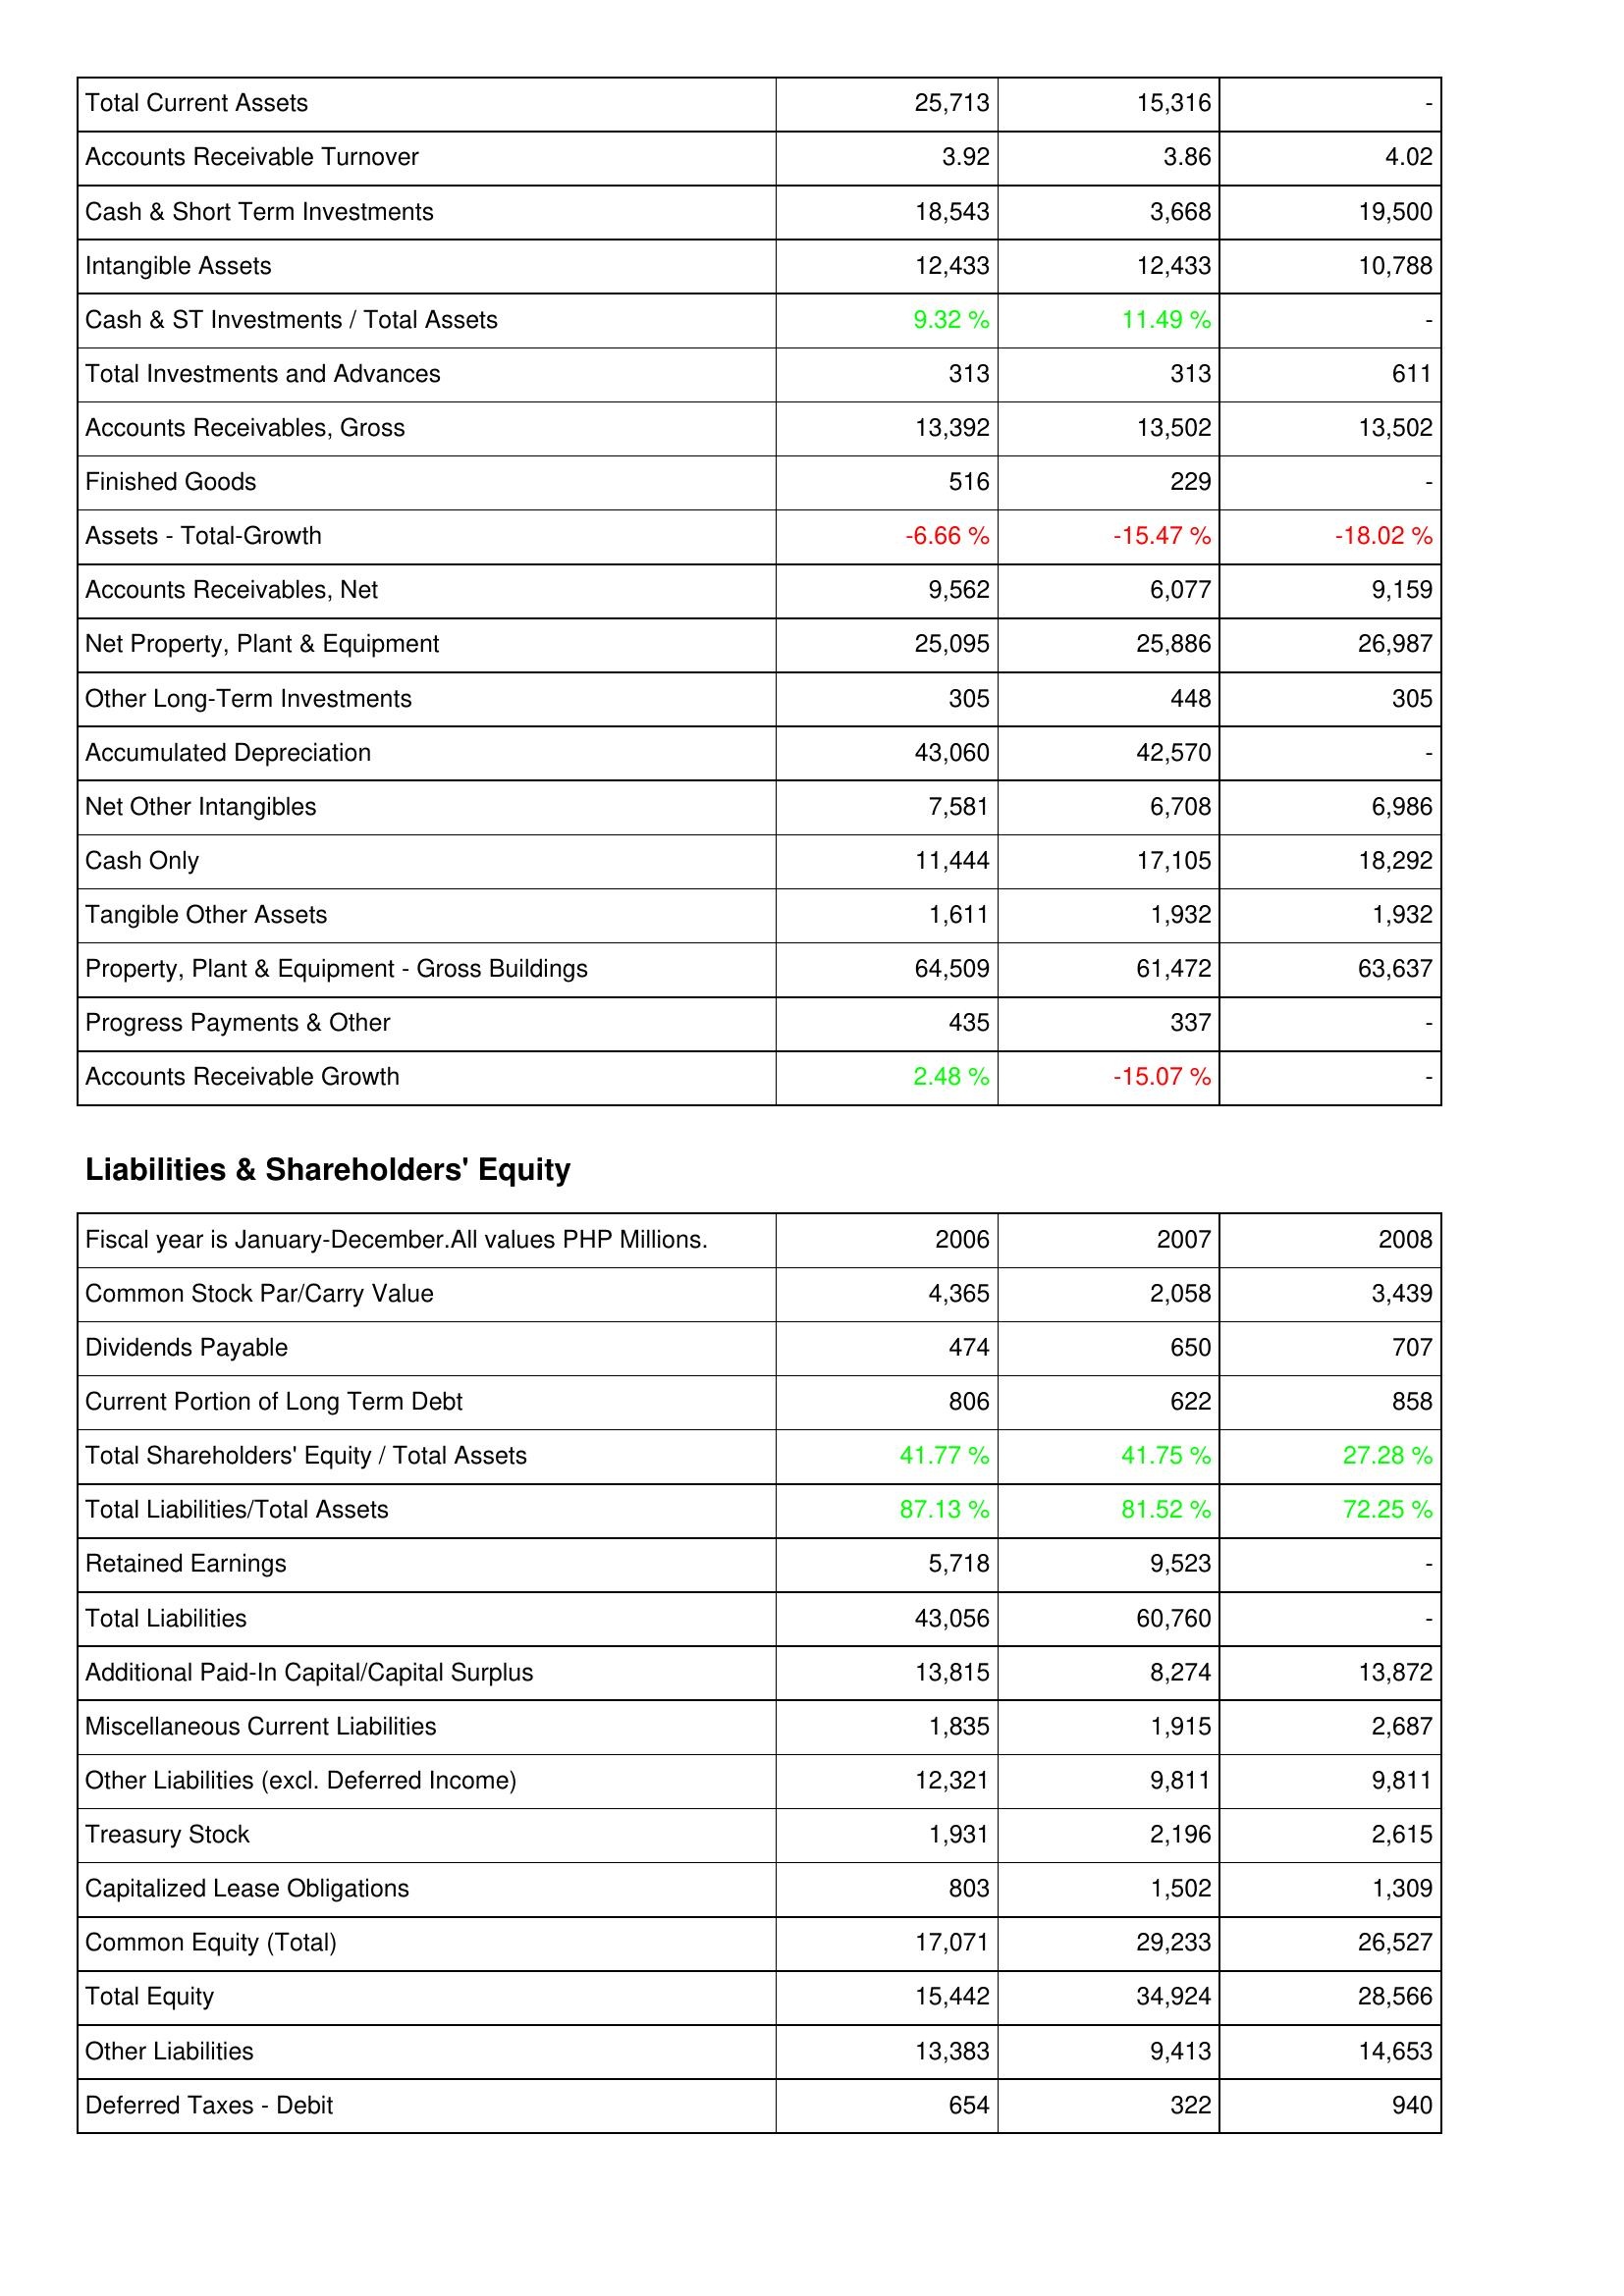
2006: Assets: Total Current Assets: 25,713
Accounts Receivable Turnover: 3.92
Cash & Short Term Investments: 18,543
Intangible Assets: 12,433
Cash & ST Investments / Total Assets: 9.32 %
Total Investments and Advances: 313
Accounts Receivables, Gross: 13,392
Finished Goods: 516
Assets - Total-Growth: -6.66 %
Accounts Receivables, Net: 9,562
Net Property, Plant & Equipment: 25,095
Other Long-Term Investments: 305
Accumulated Depreciation: 43,060
Net Other Intangibles: 7,581
Cash Only: 11,444
Tangible Other Assets: 1,611
Property, Plant & Equipment - Gross Buildings: 64,509
Progress Payments & Other: 435
Accounts Receivable Growth: 2.48 %
Liabilities & Shareholders' Equity: Common Stock Par/Carry Value: 4,365
Dividends Payable: 474
Current Portion of Long Term Debt: 806
Total Shareholders' Equity / Total Assets: 41.77 %
Total Liabilities/Total Assets: 87.13 %
Retained Earnings: 5,718
Total Liabilities: 43,056
Additional Paid-In Capital/Capital Surplus: 13,815
Miscellaneous Current Liabilities: 1,835
Other Liabilities (excl. Deferred Income): 12,321
Treasury Stock: 1,931
Capitalized Lease Obligations: 803
Common Equity (Total): 17,071
Total Equity: 15,442
Other Liabilities: 13,383
Deferred Taxes - Debit: 654
2007: Assets: Total Current Assets: 15,316
Accounts Receivable Turnover: 3.86
Cash & Short Term Investments: 3,668
Intangible Assets: 12,433
Cash & ST Investments / Total Assets: 11.49 %
Total Investments and Advances: 313
Accounts Receivables, Gross: 13,502
Finished Goods: 229
Assets - Total-Growth: -15.47 %
Accounts Receivables, Net: 6,077
Net Property, Plant & Equipment: 25,886
Other Long-Term Investments: 448
Accumulated Depreciation: 42,570
Net Other Intangibles: 6,708
Cash Only: 17,105
Tangible Other Assets: 1,932
Property, Plant & Equipment - Gross Buildings: 61,472
Progress Payments & Other: 337
Accounts Receivable Growth: -15.07 %
Liabilities & Shareholders' Equity: Common Stock Par/Carry Value: 2,058
Dividends Payable: 650
Current Portion of Long Term Debt: 622
Total Shareholders' Equity / Total Assets: 41.75 %
Total Liabilities/Total Assets: 81.52 %
Retained Earnings: 9,523
Total Liabilities: 60,760
Additional Paid-In Capital/Capital Surplus: 8,274
Miscellaneous Current Liabilities: 1,915
Other Liabilities (excl. Deferred Income): 9,811
Treasury Stock: 2,196
Capitalized Lease Obligations: 1,502
Common Equity (Total): 29,233
Total Equity: 34,924
Other Liabilities: 9,413
Deferred Taxes - Debit: 322
2008: Assets: Total Current Assets: -
Accounts Receivable Turnover: 4.02
Cash & Short Term Investments: 19,500
Intangible Assets: 10,788
Cash & ST Investments / Total Assets: -
Total Investments and Advances: 611
Accounts Receivables, Gross: 13,502
Finished Goods: -
Assets - Total-Growth: -18.02 %
Accounts Receivables, Net: 9,159
Net Property, Plant & Equipment: 26,987
Other Long-Term Investments: 305
Accumulated Depreciation: -
Net Other Intangibles: 6,986
Cash Only: 18,292
Tangible Other Assets: 1,932
Property, Plant & Equipment - Gross Buildings: 63,637
Progress Payments & Other: -
Accounts Receivable Growth: -
Liabilities & Shareholders' Equity: Common Stock Par/Carry Value: 3,439
Dividends Payable: 707
Current Portion of Long Term Debt: 858
Total Shareholders' Equity / Total Assets: 27.28 %
Total Liabilities/Total Assets: 72.25 %
Retained Earnings: -
Total Liabilities: -
Additional Paid-In Capital/Capital Surplus: 13,872
Miscellaneous Current Liabilities: 2,687
Other Liabilities (excl. Deferred Income): 9,811
Treasury Stock: 2,615
Capitalized Lease Obligations: 1,309
Common Equity (Total): 26,527
Total Equity: 28,566
Other Liabilities: 14,653
Deferred Taxes - Debit: 940